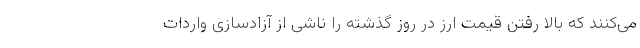
می‌کنند که بالا رفتن قیمت ارز در روز گذشته را ناشی از آزادسازی واردات